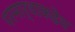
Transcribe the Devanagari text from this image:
परमार्थाकडेच